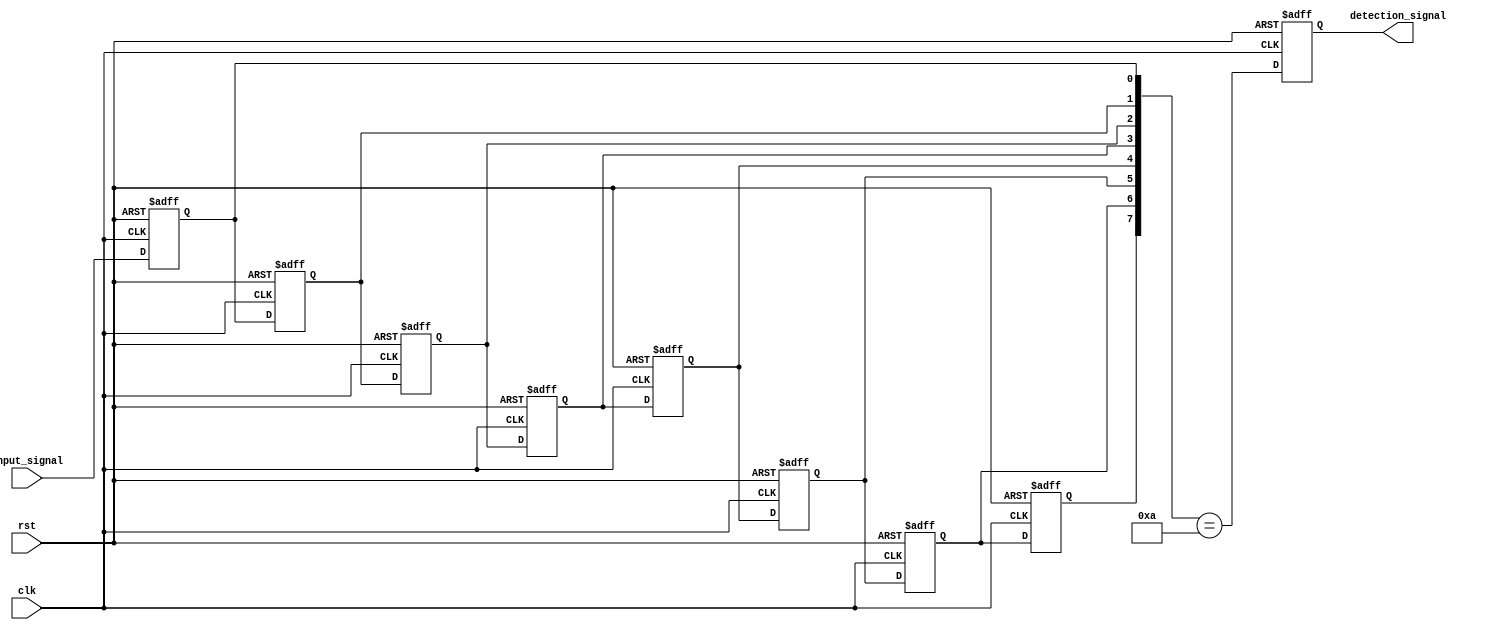
module MemoryBlocksSamplingDelayLineDetector #(
    parameter N = 8,          // Number of memory blocks
    parameter THRESHOLD = 4'b1010 // Example threshold pattern to detect
)(
    input wire clk,           // Clock signal
    input wire rst,           // Reset signal
    input wire input_signal,   // Input signal to be monitored
    output reg detection_signal // Output detection signal
);

    // Memory blocks to store sampled values
    reg [N-1:0] memory [0:N-1]; // Memory array (N memory blocks)
    integer i;

    // Sampling mechanism
    always @(posedge clk or posedge rst) begin
        if (rst) begin
            // Reset memory blocks
            for (i = 0; i < N; i = i + 1) begin
                memory[i] <= 0;
            end
            detection_signal <= 1'b0;
        end else begin
            // Shift the memory blocks
            for (i = N-1; i > 0; i = i - 1) begin
                memory[i] <= memory[i-1];
            end
            // Store the current input signal in the first memory block
            memory[0] <= input_signal;
            // Check for detection condition
            detection_signal <= check_detection();
        end
    end

    // Function to check for detection condition
    function check_detection;
        reg [N-1:0] detected_pattern;
        integer j;
        begin
            detected_pattern = 0;
            // Create a pattern from the memory blocks
            for (j = 0; j < N; j = j + 1) begin
                detected_pattern[j] = memory[j][0]; // Assuming we are only interested in the LSB
            end
            // Compare the detected pattern with the threshold
            check_detection = (detected_pattern == THRESHOLD);
        end
    endfunction

endmodule